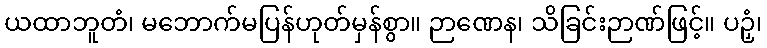
ယထာဘူတံ၊ မဘောက်မပြန်ဟုတ်မှန်စွာ။ ဉာဏေန၊ သိခြင်းဉာဏ်ဖြင့်။ ပဉှံ၊